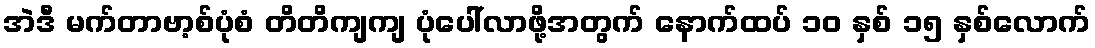
အဲဒီ မက်တာဗာ့စ်ပုံစံ တိတိကျကျ ပုံပေါ်လာဖို့အတွက် နောက်ထပ် ၁၀ နှစ် ၁၅ နှစ်လောက်